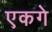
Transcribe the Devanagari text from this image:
एकगे